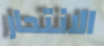
الانتحار